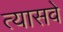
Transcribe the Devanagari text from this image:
त्यासवे